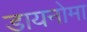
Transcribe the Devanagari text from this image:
डायनोमा